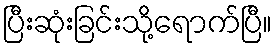
ပြီးဆုံးခြင်းသို့ရောက်ပြီ။